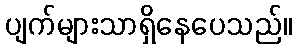
ပျက်များသာရှိနေပေသည်။